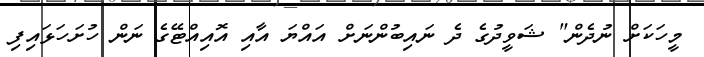
މީހަކަށް ނުދެން" ޝަވީދުގެ ދެ ނައިބުންނަށް އައްޔަ އާއި އޮއިއްޓޭގެ ނަން ހުށަހަޅައިފި